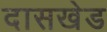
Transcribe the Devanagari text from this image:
दासखेड